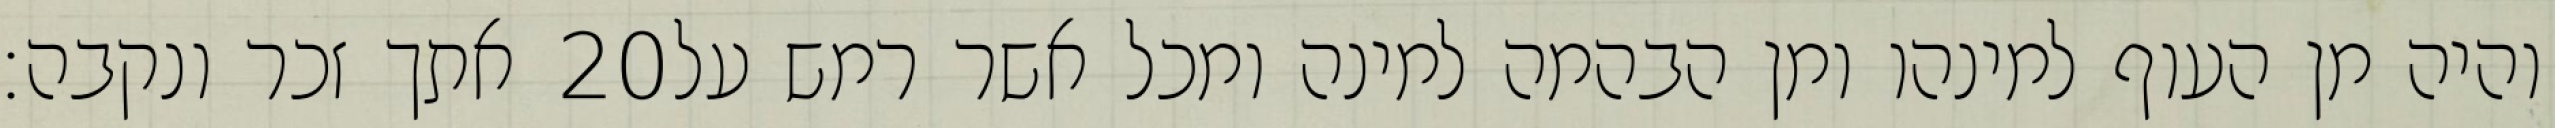
אתך זכר ונקבה׃ ‎20‏ והיה מן העוף למינהו ומן הבהמה למינה ומכל אשר רמש על